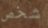
شخص